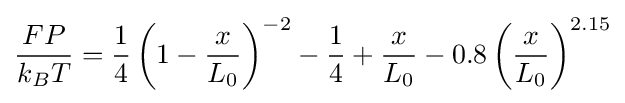
{\frac {FP}{k_{B}T}}={\frac {1}{4}}\left(1-{\frac {x}{L_{0}}}\right)^{-2}-{\frac {1}{4}}+{\frac {x}{L_{0}}}-0.8\left({\frac {x}{L_{0}}}\right)^{2.15}